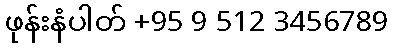
ဖုန်းနံပါတ် +95 9 512 3456789